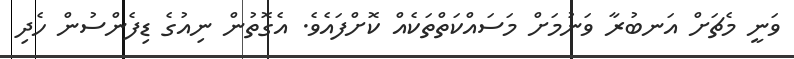
ވަނީ މެޗަށް އަނބުރާ ވަނުމަށް މަސައްކަތްތަކެއް ކޮށްފައެވެ. އެގޮތުން ނިއުގެ ޑިފެންސުން ހެދި